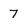
Character: 7